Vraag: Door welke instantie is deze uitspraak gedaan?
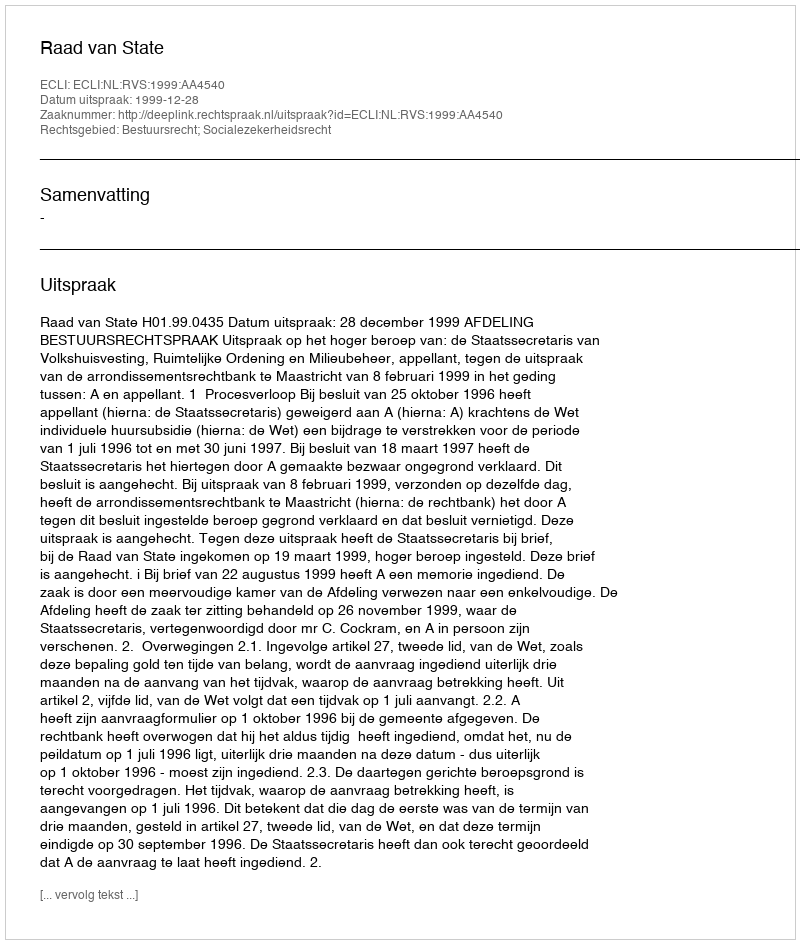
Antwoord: Raad van State